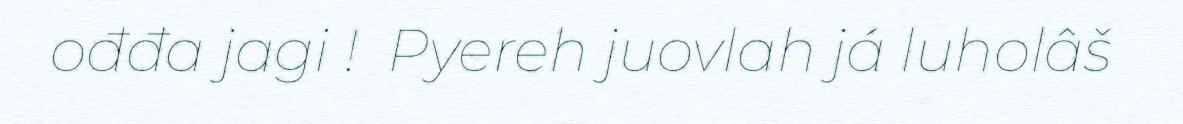
ođđa jagi ! ​ Pyereh juovlah já luholâš